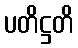
ပတိဋ္ဌတိ